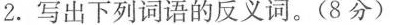
2.写出下列词语的反义词。(8分)